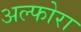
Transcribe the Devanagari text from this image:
अल्फोरा